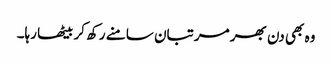
وہ بھی دن بھر مرتبان سامنے رکھ کر بیٹھا رہا۔